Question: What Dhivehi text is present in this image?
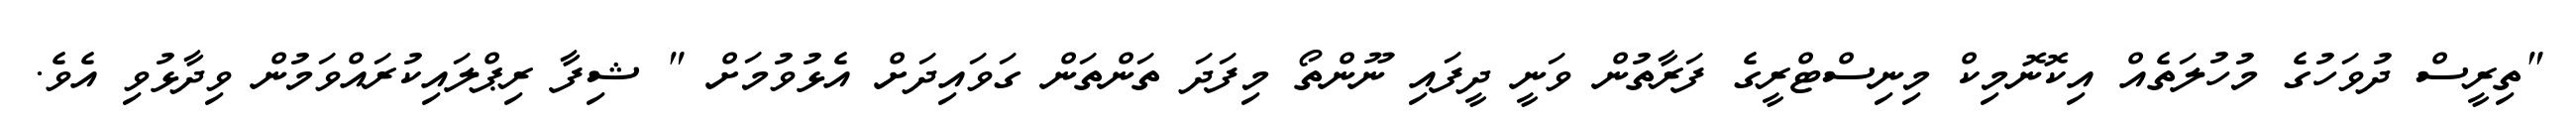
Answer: "ތިރީސް ދުވަހުގެ މުހުލަތެއް އިކޮނޮމިކް މިނިސްޓްރީގެ ފަރާތުން ވަނީ ދީފައި ނޫންތޯ މިފަދަ ތަންތަން ގަވައިދަށް އެޅުވުމަށް " ޝިފާ ރިޕްލައިކުރައްވަމުން ވިދާޅުވި އެވެ.